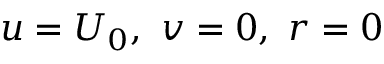
u = U _ { 0 } , ~ v = 0 , ~ r = 0